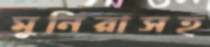
মুনিরাসহ